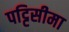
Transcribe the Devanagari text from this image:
पट्टिसीमा